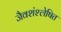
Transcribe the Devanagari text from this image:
जैवशंश्लेषित